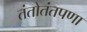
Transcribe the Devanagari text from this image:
तंतोतंतपणा